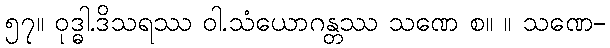
၅၇။ ဝုဒ္ဓါ.ဒိသရဿ ဝါ.သံယောဂန္တဿ သဏေ စ။ ။ သဏေ-